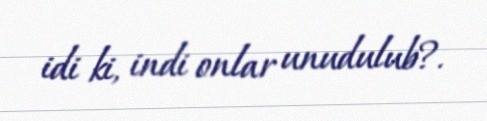
idi ki, indi onlar unudulub?.